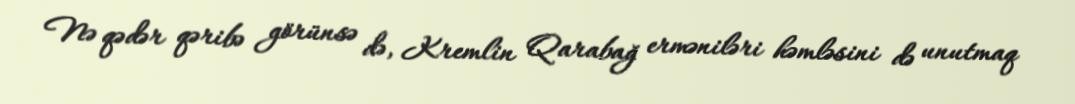
Nə qədər qəribə görünsə də, Kremlin Qarabağ erməniləri həmləsini də unutmaq